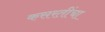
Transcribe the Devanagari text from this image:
कसरतींचा